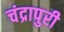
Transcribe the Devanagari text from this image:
चंद्रापुरी